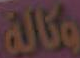
وكالة